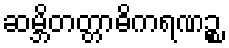
ဆမ္ဘိတတ္တာဓိကရဏဉ္စ